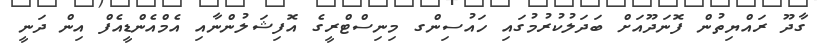
ގާދޫ ރައްޔިތުން ފޮނަދޫއަށް ބަދަލުކުުރުމުގައި ހައުސިންގ މިނިސްޓްރީގެ އޮފިޝަލުންނާއި އެމްއެންޑީއެފް އިން ދަނީ